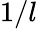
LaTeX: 1/l